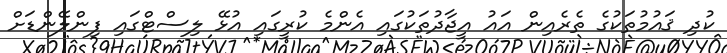
ކުދި ޤައުމުތަކުގެ ތެރެއިން އައު އީޖާދުތަކުގައި އެންމެ ކުރީގައި އުޅޭ ލިސްޓްގައި ފިންލޭންޑަށް